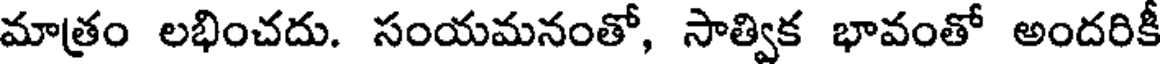
మాత్రం లభించదు. సంయమనంతో, సాత్విక భావంతో అందరికీ